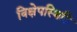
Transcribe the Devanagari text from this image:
विक्षेपस्थिति